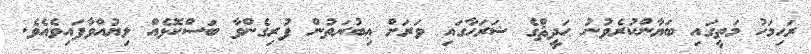
ރަޙިމަހު މަތީގައި ބަޔާންކުރެވުނު ޙަދީޘްގެ ޝަރަޙާގައި ވަރަށް ޢިބުރަތުން ފުރިގެންވާ ބަސްކޮޅެއް ލިޔުއްވާފައިވެއެވެ.